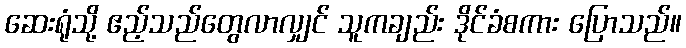
ဆေးရုံသို့ ဧည့်သည်တွေလာလျှင် သူကချည်း ဒိုင်ခံစကား ပြောသည်။